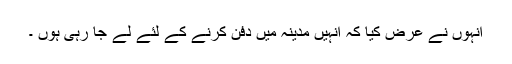
انہوں نے عرض کیا کہ انہیں مدینہ میں دفن کرنے کے لئے لے جا رہی ہوں ۔